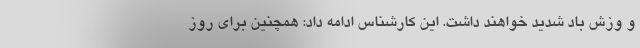
و وزش باد شدید خواهند داشت. این کارشناس ادامه داد: همچنین برای روز